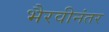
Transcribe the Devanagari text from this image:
भैरवीनंतर